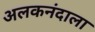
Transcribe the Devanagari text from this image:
अलकनंदाला